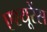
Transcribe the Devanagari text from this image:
एश्यूरेंस